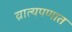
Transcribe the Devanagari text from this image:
व्रात्यपणात